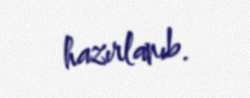
hazırlanıb.